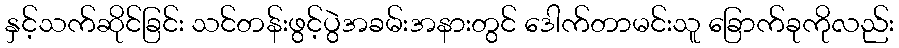
နှင့်သက်ဆိုင်ခြင်း သင်တန်းဖွင့်ပွဲအခမ်းအနားတွင် ဒေါက်တာမင်းသူ ခြောက်ခုကိုလည်း